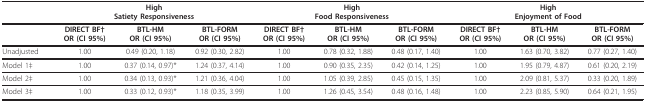
|  | <COLSPAN=3> HighSatiety Responsiveness | <COLSPAN=3> HighFood Responsiveness | <COLSPAN=3> HighEnjoyment of Food |
 | --- | --- | --- | --- | --- | --- | --- | --- | --- | --- |
 |  | DIRECT BF†OR (CI 95%) | BTL-HMOR (CI 95%) | BTL-FORMOR (CI 95%) | DIRECT BF†OR (CI 95%) | BTL-HMOR (CI 95%) | BTL-FORMOR (CI 95%) | DIRECT BF†OR (CI 95%) | BTL-HMOR (CI 95%) | BTL-FORMOR (CI 95%) |
 | Unadjusted | 1.00 | 0.49 (0.20, 1.18) | 0.92 (0.30, 2.82) | 1.00 | 0.78 (0.32, 1.88) | 0.48 (0.17, 1.40) | 1.00 | 1.63 (0.70, 3.82) | 0.77 (0.27, 1.40) |
 | Model 1‡ | 1.00 | 0.37 (0.14, 0.97)* | 1.24 (0.37, 4.14) | 1.00 | 0.90 (0.35, 2.35) | 0.42 (0.14, 1.25) | 1.00 | 1.95 (0.79, 4.87) | 0.61 (0.20, 2.19) |
 | Model 2‡ | 1.00 | 0.34 (0.13, 0.93)* | 1.21 (0.36, 4.04) | 1.00 | 1.05 (0.39, 2.85) | 0.45 (0.15, 1.35) | 1.00 | 2.09 (0.81, 5.37) | 0.33 (0.20, 1.89) |
 | Model 3‡ | 1.00 | 0.33 (0.12, 0.93)* | 1.18 (0.35, 3.99) | 1.00 | 1.26 (0.45, 3.54) | 0.48 (0.16, 1.48) | 1.00 | 2.23 (0.85, 5.90) | 0.64 (0.21, 1.95) |